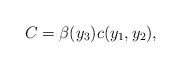
\begin{align*}C=\beta(y_{3})c(y_{1},y_{2}),\end{align*}